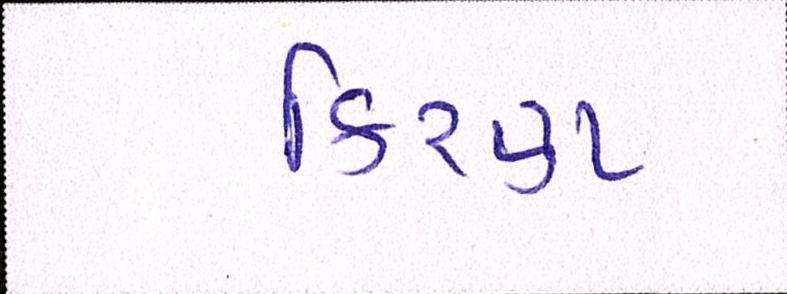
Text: કિરણ